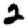
Digit: 2